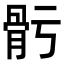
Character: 𩨗